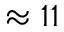
\approx 1 1